Lunatic asylums in Bengal annual reports 1912-1924 - 1912-1924
Year: 1912
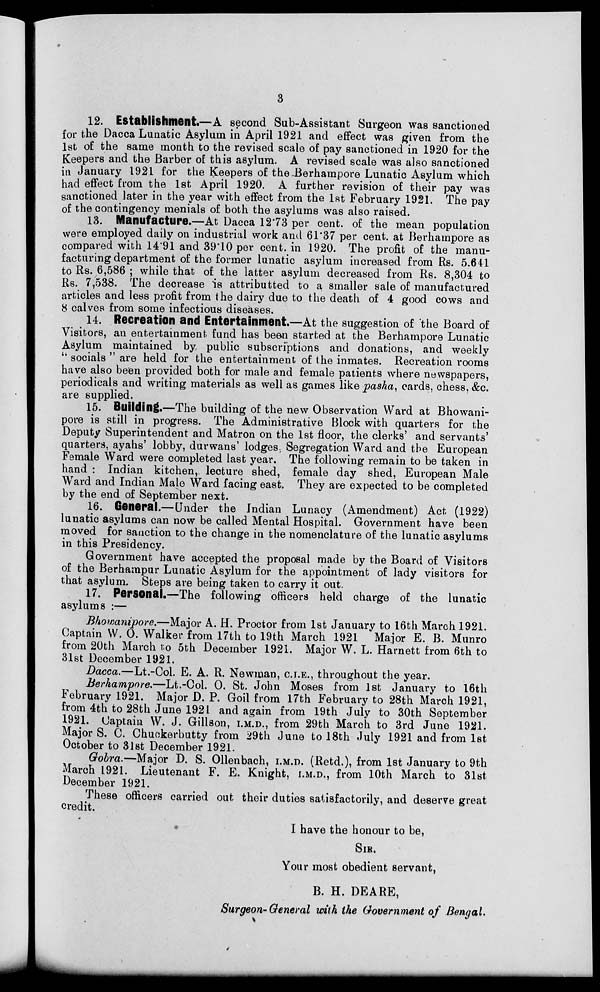
3
12. Establishment.—A second Sub-Assistant Surgeon was sanctioned
for the Dacca Lunatic Asylum in April 1921 and effect was given from the
1st of the same month to the revised scale of pay sanctioned in 1920 for the
Keepers and the Barber of this asylum. A revised scale was also sanctioned
in January 1921 for the Keepers of the-Berhampore Lunatic Asylum which
had effect from the 1st April 1920. A further revision of their pay was
sanctioned later in the year with effect from the 1st February 1921. The pay
of the contingency menials of both the asylums was also raised.
13. Manufacture.—At Dacca 12.73 per cent. of the mean population
were employed daily on industrial work and 61.37 per cent. at Berhampore as
compared with 14.91 and 39.10 per cent. in 1920. The profit of the manu-
facturing department of the former lunatic asylum increased from Rs. 5,641
to Rs. 6,586 ; while that of the latter asylum decreased from Rs. 8,304 to
Rs. 7,538. The decrease is attributted to a smaller sale of manufactured
articles and less profit from the dairy due to the death of 4 good cows and
8 calves from some infectious diseases.
14. Recreation and Entertainment.—At the suggestion of the Board of
Visitors, an entertainment fund has been started at the Berhampore Lunatic
Asylum maintained by public subscriptions and donations, and weekly
" socials " are held for the entertainment of the inmates. Recreation rooms
have also been provided both for male and female patients where newspapers,
periodicals and writing materials as well as games like pasha, cards, chess, &c.
are supplied.
15. Building.—The building of the new Observation Ward at Bhowani-
pore is still in progress. The Administrative Block with quarters for the
Deputy Superintendent and Matron on the 1st floor, the clerks' and servants'
quarters, ayahs' lobby, durwans' lodges, Segregation Ward and the European
Female Ward were completed last year. The following remain to be taken in
hand : Indian kitchen, lecture shed, female day shed, European Male
Ward and Indian Male Ward facing east. They are expected to be completed
by the end of September next.
16. General.—Under the Indian Lunacy (Amendment) Act (1922)
lunatic asylums can now be called Mental Hospital. Government have been
moved for sanction to the change in the nomenclature of the lunatic asylums
in this Presidency.
Government have accepted the proposal made by the Board of Visitors
of the Berhampur Lunatic Asylum for the appointment of lady visitors for
that asylum. Steps are being taken to carry it out.
17. Personal.—The following officers held charge of the lunatic
asylums :—
Bhowanipore.—Major A. H. Proctor from 1st January to 16th March 1921.
Captain W. O. Walker from 17th to 19th March 1921 Major E. B. Munro
from 20th March to 5th December 1921. Major W. L. Harnett from 6th to
31st December 1921.
Dacca.—Lt.-Col. E. A. R. Newman, C.I.E., throughout the year.
Berhampore.—Lt.-Col. O. St. John Moses from 1st January to 16th
February 1921. Major D. P. Goil from 17th February to 28th March 1921,
from 4th to 28th June 1921 and again from 19th July to 30th September
1921. Captain W. J. Gillson, I.M.D., from 29th March to 3rd June 1921.
Major S. C. Chuckerbutty from 29th June to 18th July 1921 and from 1st
October to 31st December 1921.
Gobra.—Major D. S. Ollenbach, I.M.D. (Retd.), from 1st January to 9th
March 1921. Lieutenant F. E. Knight, I.M.D., from 10th March to 31st
December 1921.
These officers carried out their duties satisfactorily, and deserve great
credit.
I have the honour to be,
SIR,
Your most obedient servant,
B. H. DEARE,
Surgeon-General with the Government of Bengal.